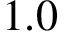
1 . 0